65_HS1-834228961_62-HQ-83894_Section_3
Agency: FBI
Page 174
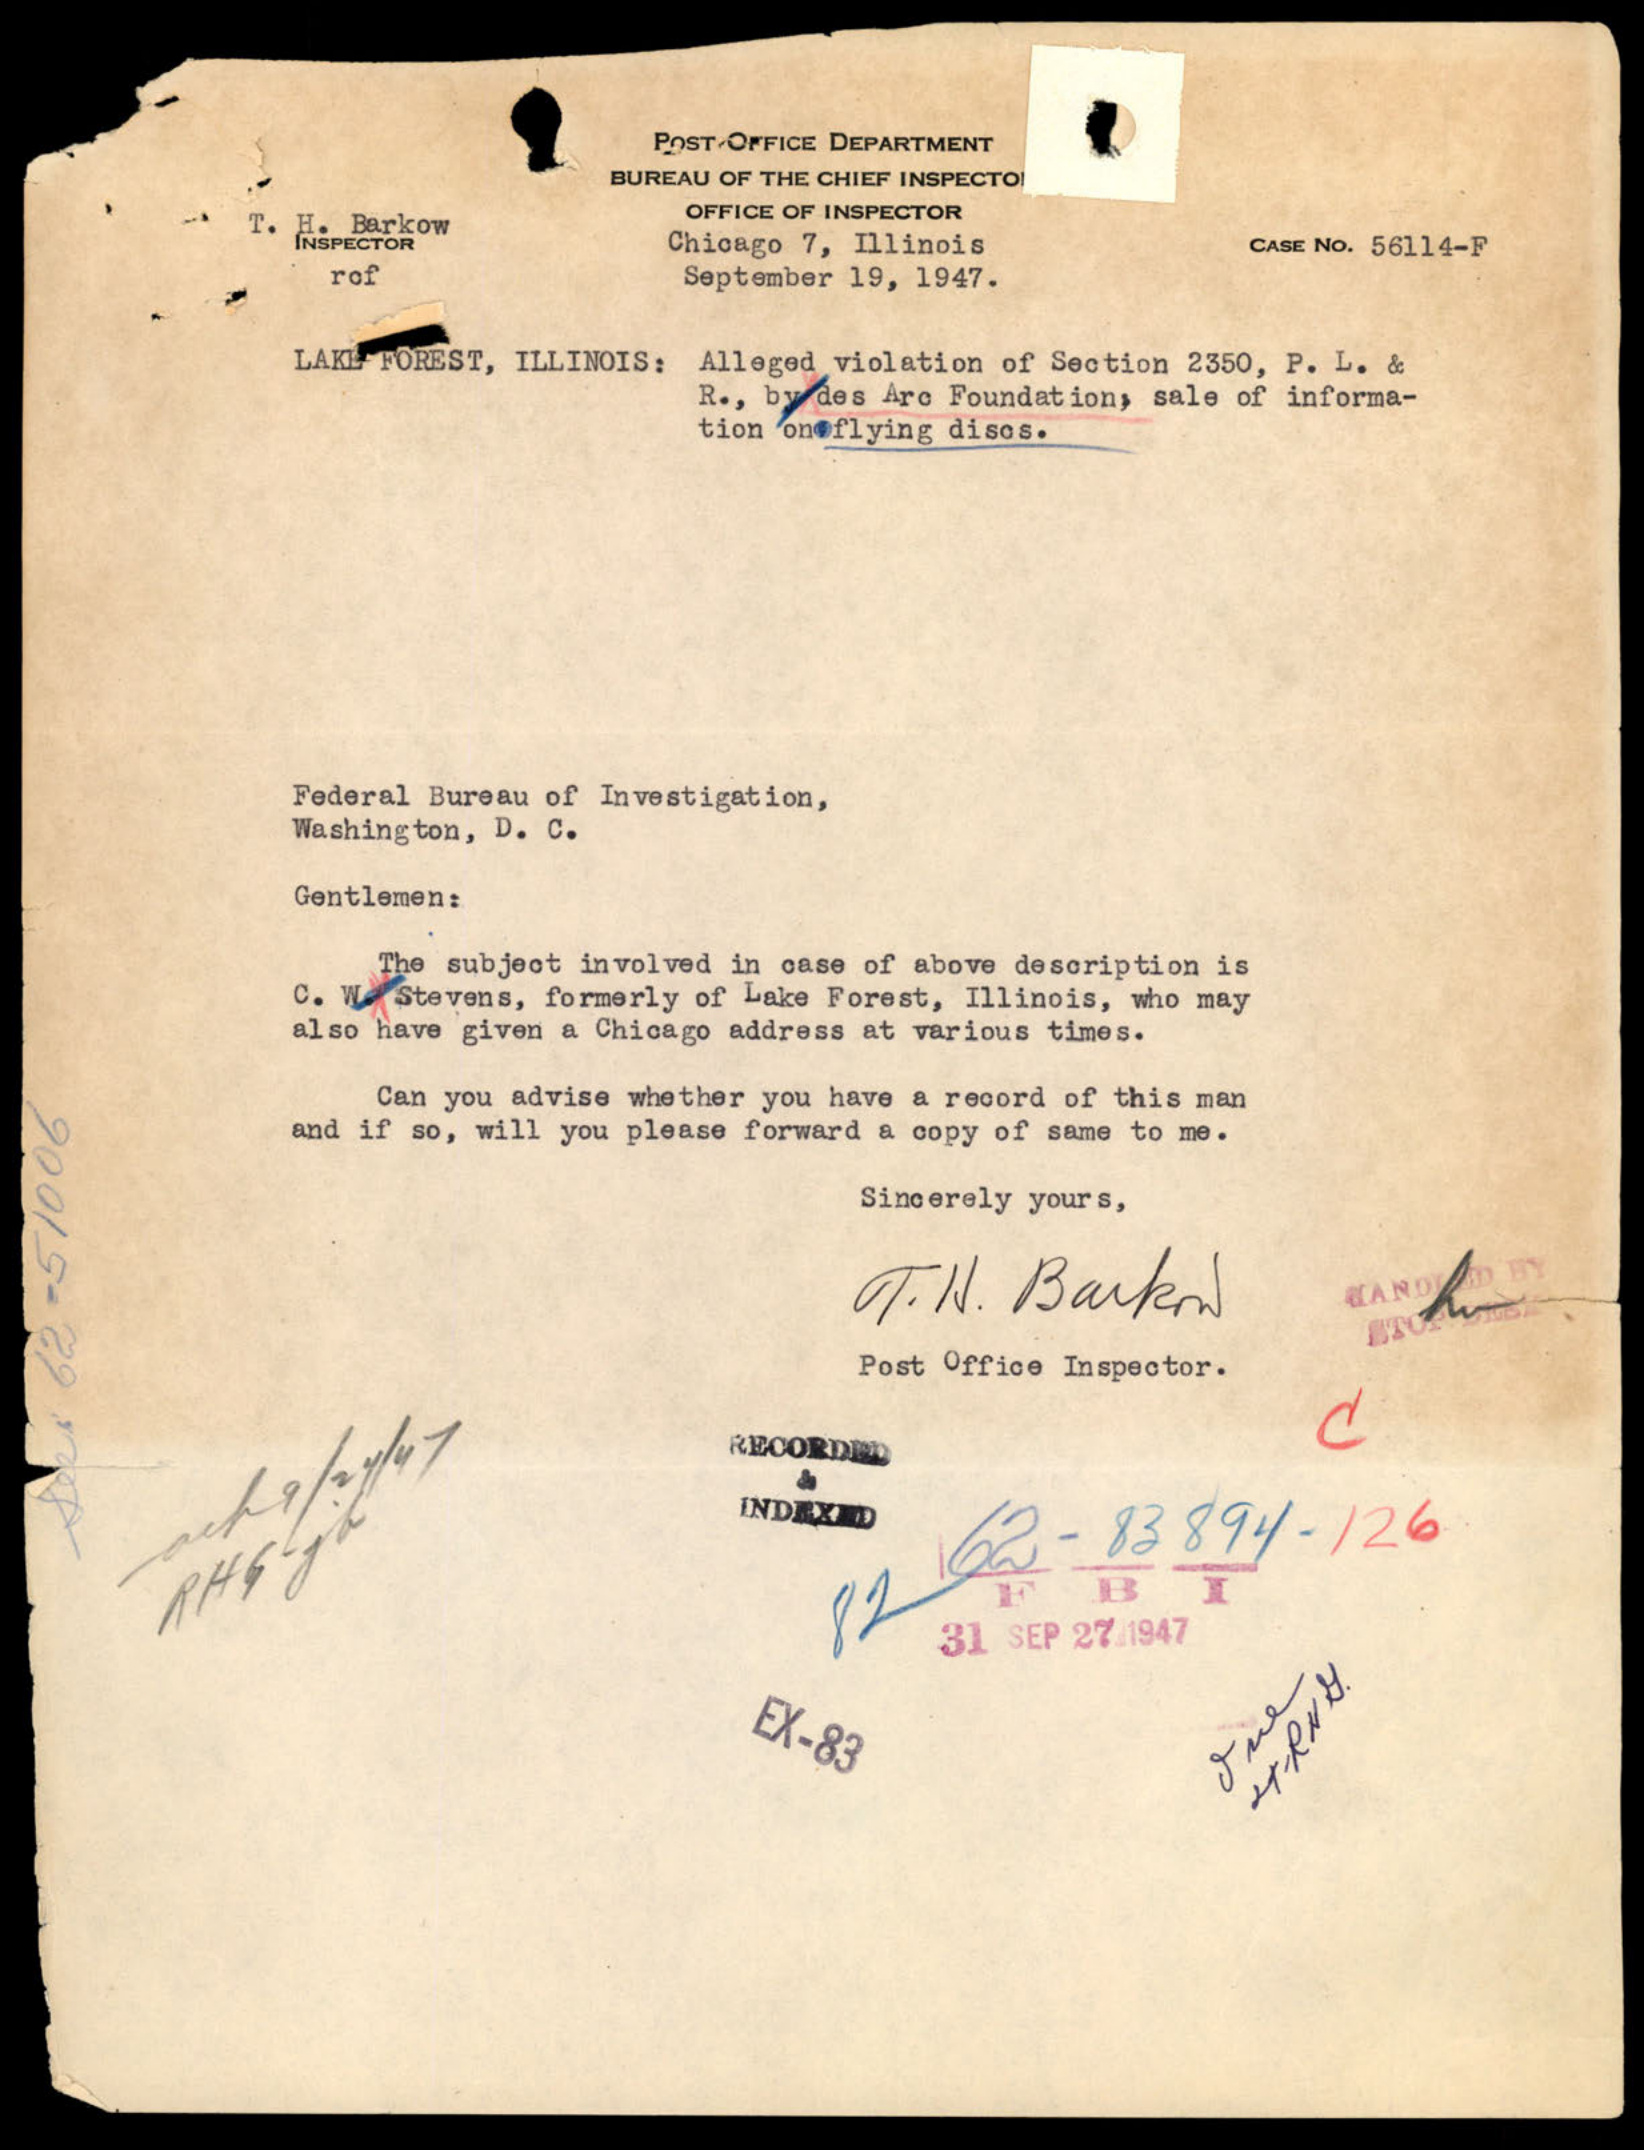